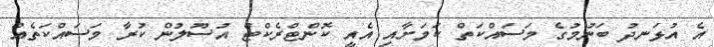
އެ އުޅަނދު ބަނުމުގެ މަސައްކަތް ކަމަށާއި އެއީ ކޮންޓްރެކްޓް އުސޫލުން ކުރާ މަސައްކަތެއް